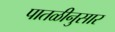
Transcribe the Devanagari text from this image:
पातळीनुसार